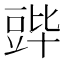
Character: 𬤷